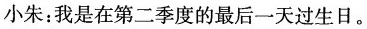
小朱：我是在第二季度的最后一天过生日。